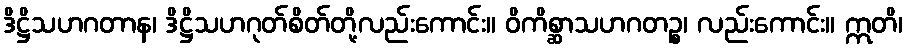
ဒိဋ္ဌိသဟဂတာန၊ ဒိဋ္ဌိသဟဂုတ်စိတ်တို့လည်းကောင်း။ ဝိကိစ္ဆာသဟဂတဉ္စ၊ လည်းကောင်း။ ဣတိ၊